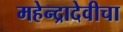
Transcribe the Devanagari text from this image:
महेन्द्रादेवीचा